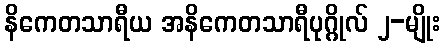
နိကေတသာရီယ အနိကေတသာရီပုဂ္ဂိုလ် ၂-မျိုး